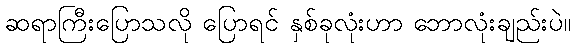
ဆရာကြီးပြောသလို ပြောရင် နှစ်ခုလုံးဟာ ဘောလုံးချည်းပဲ။